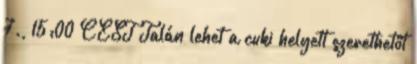
7., 15:00 CEST Talán lehet a cuki helyett szerethetőt